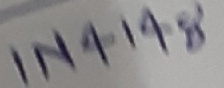
Text: IN4148